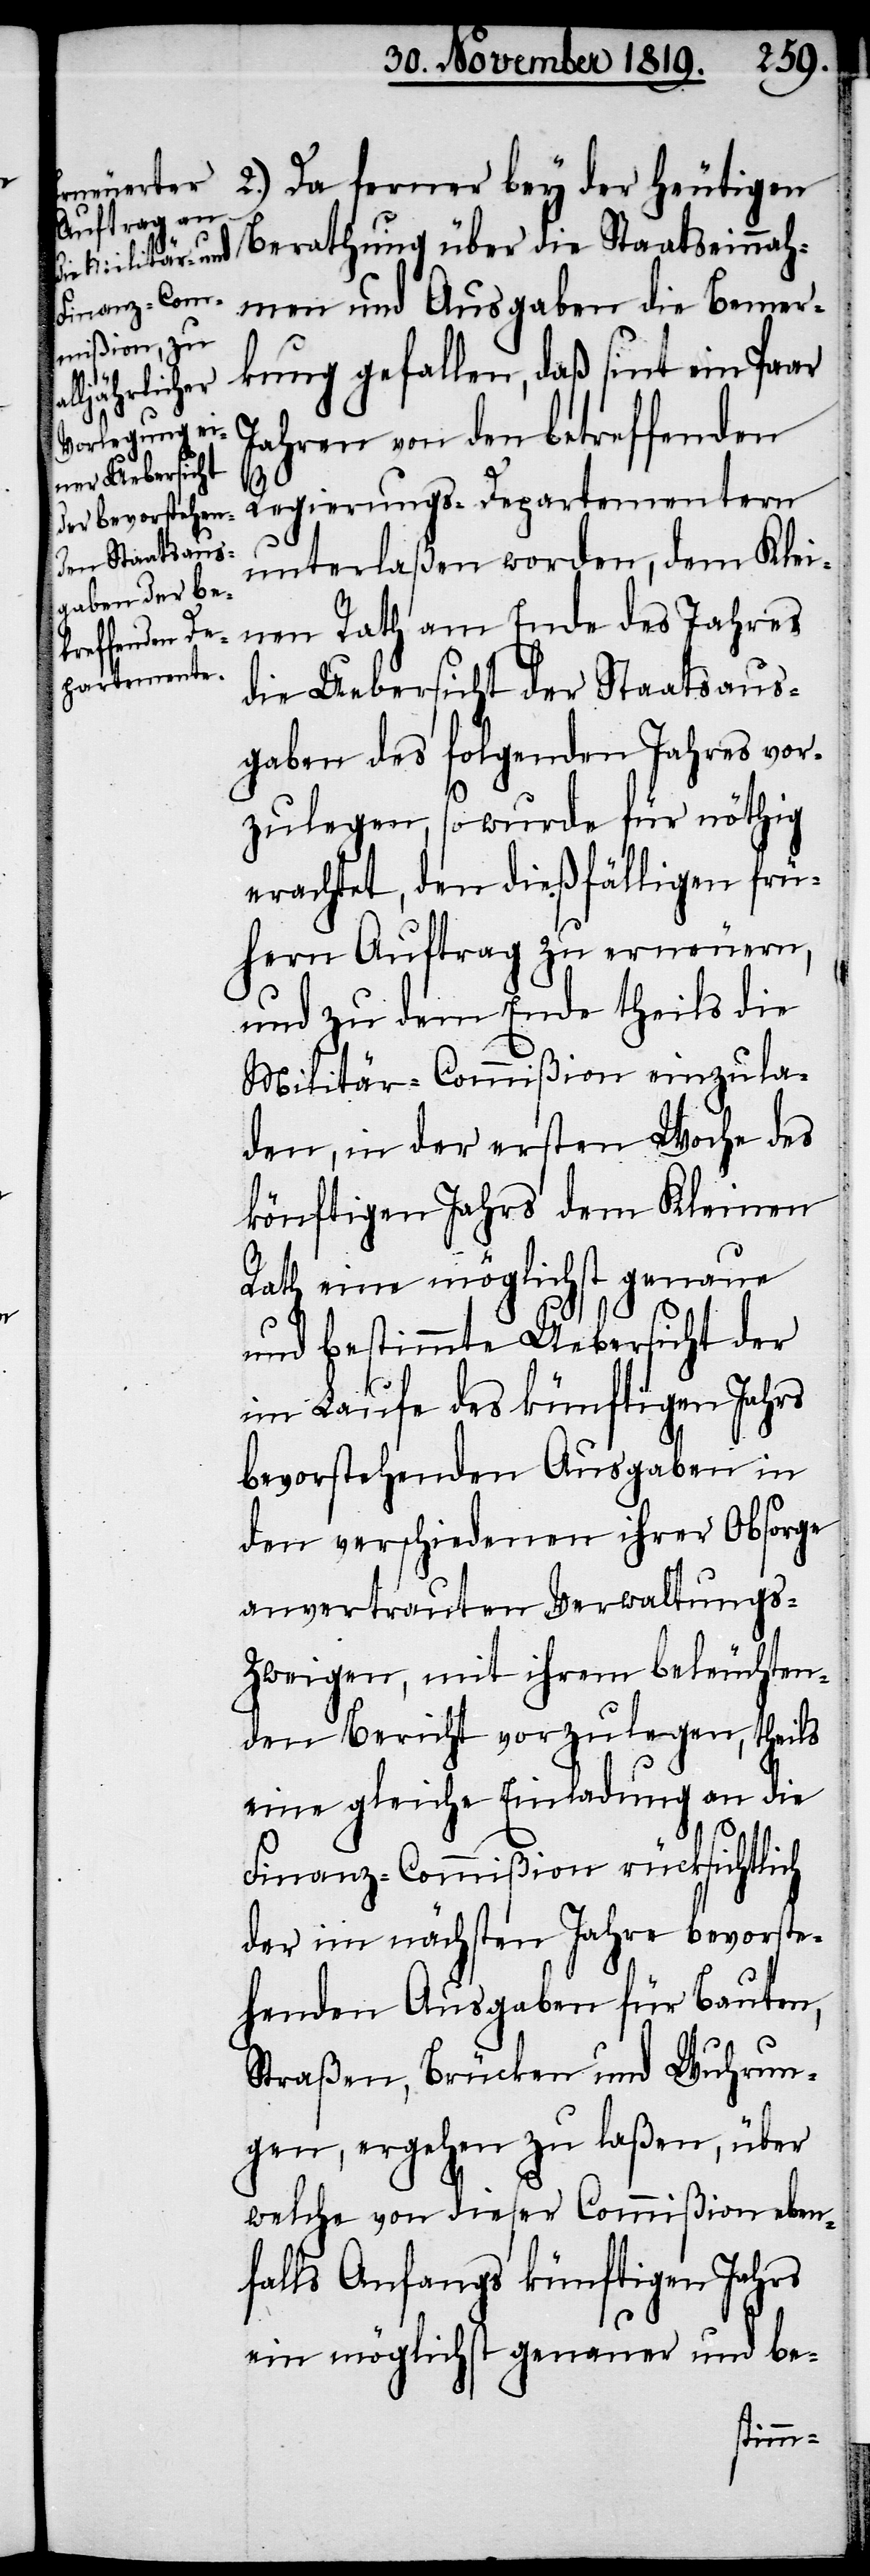
heutigen Berathung über die Staatseinnah¬
men und Ausgaben die Bemer¬
kung gefallen, daß sint ein Paar
Jahren von den betreffenden
Regierungs-Departementern
unterlaßen worden, dem Klei¬
nen Rath am Ende des Jahres
ferner bey der
die Uebersicht der Staatsaus¬
gaben des folgenden Jahres vor¬
zulegen, so wurde für nöthig
erachtet, den dießfälligen frü¬
hern Auftrag zu erneuern,
und zu dem Ende theils die
Militär-Commißion einzula¬
den, in der ersten Woche des
könftigen Jahrs dem Kleinen
Rath eine möglichst genaue
und bestimmte Uebersicht der
im Laufe des künftigen Jahrs
bevorstehenden Ausgaben in
den verschiedenen ihrer Obsorge
anvertrauten Verwaltungs-Z¬
weigen, mit ihrem beleuchten¬
den Bericht vorzulegen, theils
eine gleiche Einladung an die
Finanz-Commißion rücksichtlich
der im nächsten Jahre bevorste¬
henden Ausgaben für Bauten,
Straßen, Brücken und Wuhrun¬
gen, ergehen zu laßen, über
welche von dieser Commißion eben¬
falls Anfangs künftigen Jahrs
ein möglichst genauer und be-